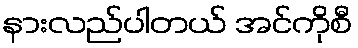
နားလည်ပါတယ် အင်ကိုစီ